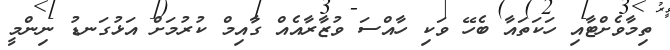
ތިމާވެށްޓާއި ހަކަތައާ ބެހޭ ވަކި ހާއްސަ ވުޒާރާއެއް ގާއިމް ކުރުމަށް އަޅުގަނޑު ނިންމީ